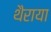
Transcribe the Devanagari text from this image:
थैराया